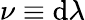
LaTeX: \nu\equiv\mathrm{d}\lambda